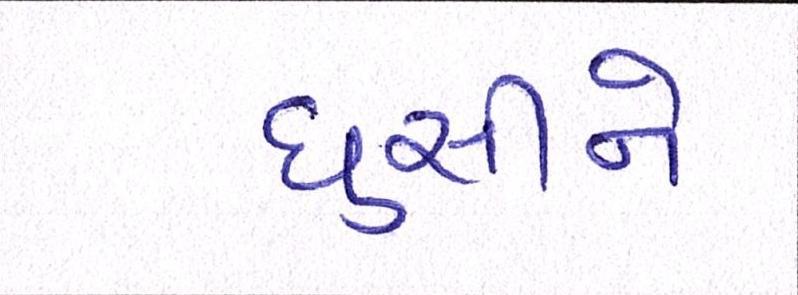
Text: ઘુસીને